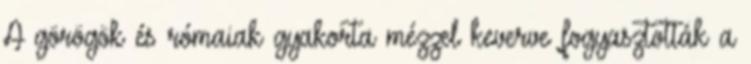
A görögök és rómaiak gyakorta mézzel keverve fogyasztották a